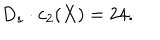
LaTeX: D _ { s } \cdot c _ { 2 } ( X ) = 2 4 .